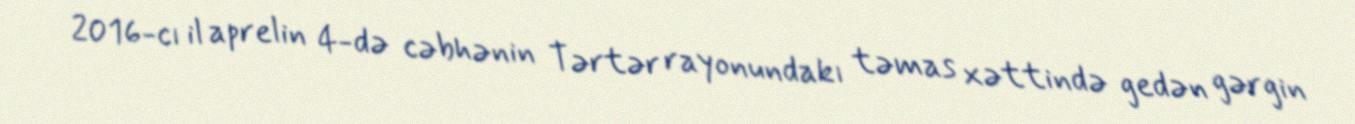
2016-cı il aprelin 4-də cəbhənin Tərtər rayonundakı təmas xəttində gedən gərgin